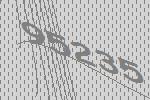
95235